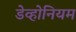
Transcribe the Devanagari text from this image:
डेव्होनियम